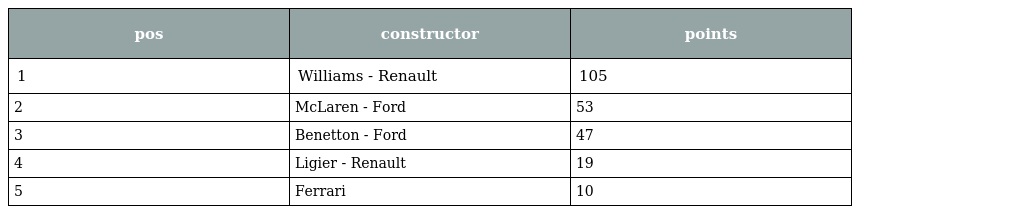
| pos | constructor | points |
 | --- | --- | --- |
 | 1 | Williams - Renault | 105 |
 | 2 | McLaren - Ford | 53 |
 | 3 | Benetton - Ford | 47 |
 | 4 | Ligier - Renault | 19 |
 | 5 | Ferrari | 10 |